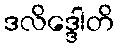
ဒလိဒ္ဒေါတိ